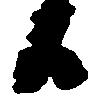
日